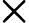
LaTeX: \bigtimes